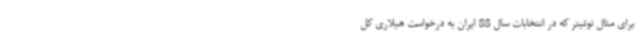
برای مثال توئیتر که در انتخابات سال 88 ایران به درخواست هیلاری کل